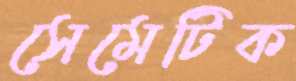
সেমেটিক